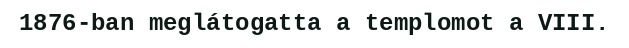
1876-ban meglátogatta a templomot a VIII.